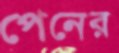
পেনের